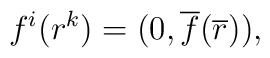
f^{i}(r^{k})=(0, {\overline f}(\overline r)),